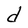
Character: d